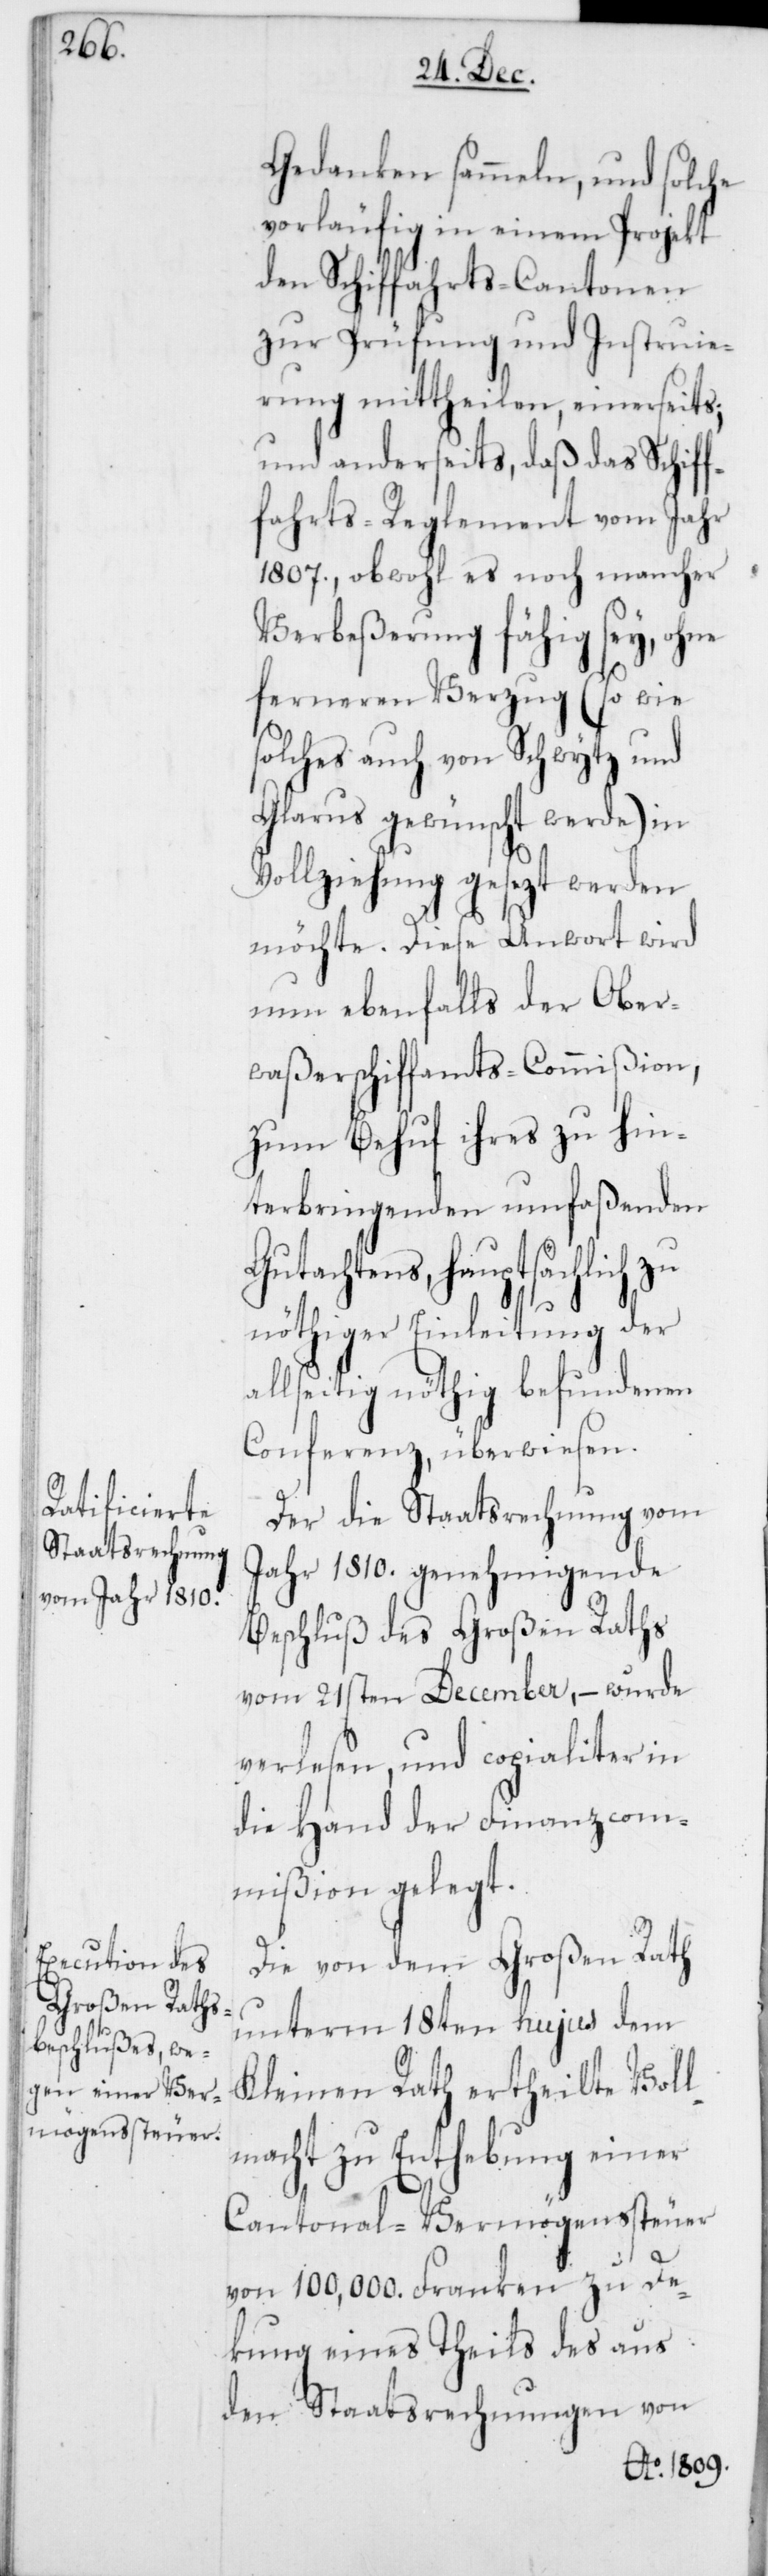
Gedanken sammeln, und solche
vorläufig in einem Projekt
den Schiffahrts-Cantonen
zur Prüfung und Instruie¬
rung mittheilen, einerseits;
und anderseits, daß das Schif¬
fahrts-Reglement vom Jahr
1807., obwohl es noch mancher
Verbeßerung fähig sey, ohne
ferneren Verzug (so wie
solches auch von Schwytz und
Glarus gewünscht werde) in
Vollziehung gesezt werden
möchte. Diese Antwort wird
nun ebenfalls der Ober¬
waßerschiffamts-Commißion,
zum Behuf ihres zu hin¬
terbringenden umfaßenden
Gutachtens, hauptsächlich zu
nöthiger Einleitung der
allseitig nöthig befundenen
Conferenz, überwiesen.
Der die Staatsrechnung vom
Jahr 1810. genehmigende
Beschluß des Großen Raths
vom 21sten December, – wurde
verlesen, und copialiter in
die Hand der Finanzcom¬
mißion gelegt.
Die von dem Großen Rath
unterm 18ten hujus dem
Kleinen Rath ertheilte Voll¬
macht zu Enthebung einer
Cantonal-Vermögenssteuer
von 100,000. Franken zu De¬
kung eines Theils des aus
den Staatsrechnungen von